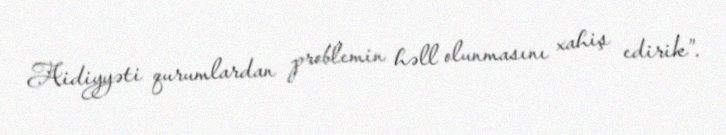
Aidiyyəti qurumlardan problemin həll olunmasını xahiş edirik”.